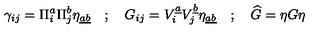
\gamma _ { i j } = \Pi _ { i } ^ { a } \Pi _ { j } ^ { b } \eta _ { \underline { { a b } } } \quad ; \quad G _ { i j } = V _ { i } ^ { \underline { { a } } } V _ { j } ^ { \underline { { b } } } \eta _ { \underline { { a b } } } \quad ; \quad \widehat { G } = \eta G \eta